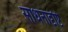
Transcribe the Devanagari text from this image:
साधनादृष्टि